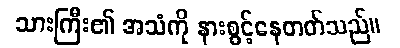
သားကြီး၏ အသံကို နားစွင့်နေတတ်သည်။